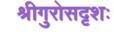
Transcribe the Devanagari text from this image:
श्रीगुरोसदृशः